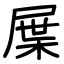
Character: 屟